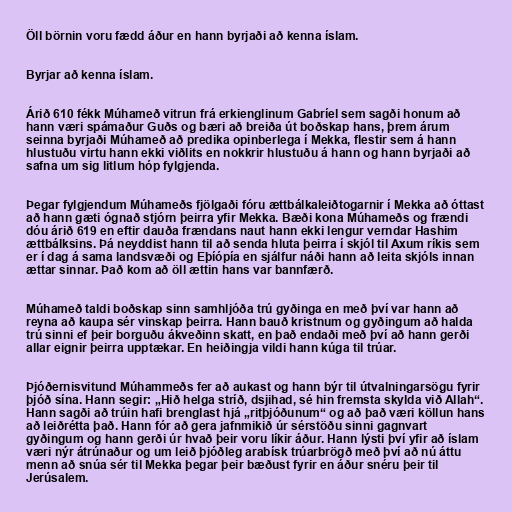
Öll börnin voru fædd áður en hann byrjaði að kenna íslam.

Byrjar að kenna íslam.

Árið 610 fékk Múhameð vitrun frá erkienglinum Gabríel sem sagði honum að
hann væri spámaður Guðs og bæri að breiða út boðskap hans, þrem árum
seinna byrjaði Múhameð að predika opinberlega í Mekka, flestir sem á hann
hlustuðu virtu hann ekki viðlits en nokkrir hlustuðu á hann og hann byrjaði að
safna um sig litlum hóp fylgjenda.

Þegar fylgjendum Múhameðs fjölgaði fóru ættbálkaleiðtogarnir í Mekka að óttast
að hann gæti ógnað stjórn þeirra yfir Mekka. Bæði kona Múhameðs og frændi
dóu árið 619 en eftir dauða frændans naut hann ekki lengur verndar Hashim
ættbálksins. Þá neyddist hann til að senda hluta þeirra í skjól til Axum ríkis sem
er í dag á sama landsvæði og Eþíópía en sjálfur náði hann að leita skjóls innan
ættar sinnar. Það kom að öll ættin hans var bannfærð.

Múhameð taldi boðskap sinn samhljóða trú gyðinga en með því var hann að
reyna að kaupa sér vinskap þeirra. Hann bauð kristnum og gyðingum að halda
trú sinni ef þeir borguðu ákveðinn skatt, en það endaði með því að hann gerði
allar eignir þeirra upptækar. En heiðingja vildi hann kúga til trúar.

Þjóðernisvitund Múhammeðs fer að aukast og hann býr til útvalningarsögu fyrir
þjóð sína. Hann segir: „Hið helga stríð, dsjihad, sé hin fremsta skylda við Allah“.
Hann sagði að trúin hafi brenglast hjá „ritþjóðunum“ og að það væri köllun hans
að leiðrétta það. Hann fór að gera jafnmikið úr sérstöðu sinni gagnvart
gyðingum og hann gerði úr hvað þeir voru líkir áður. Hann lýsti því yfir að íslam
væri nýr átrúnaður og um leið þjóðleg arabísk trúarbrögð með því að nú áttu
menn að snúa sér til Mekka þegar þeir bæðust fyrir en áður snéru þeir til
Jerúsalem.